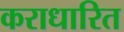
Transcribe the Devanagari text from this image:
कराधारित